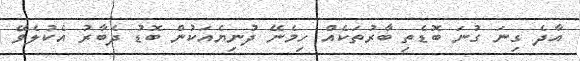
އާދެ ގިނަ ގުނަ ބޮޑެތި ބާރުތަކެއް ހިމެނޭ ދުނިޔެއަކުން ބޮޑު ދެބާރު އެކުލެވޭ